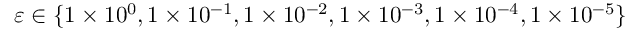
\varepsilon \in \{ 1 \times 1 0 ^ { 0 } , 1 \times 1 0 ^ { - 1 } , 1 \times 1 0 ^ { - 2 } , 1 \times 1 0 ^ { - 3 } , 1 \times 1 0 ^ { - 4 } , 1 \times 1 0 ^ { - 5 } \}